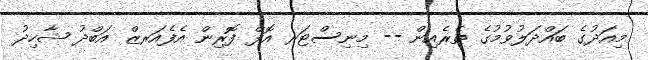
މިއަދުގެ ބައްދަލުވުމުގެ ތެރެއިން -- މިނިސްޓަރ އޮފް ފޮރިން އެފެއަރޒް އަބްދު ޝާހިދު